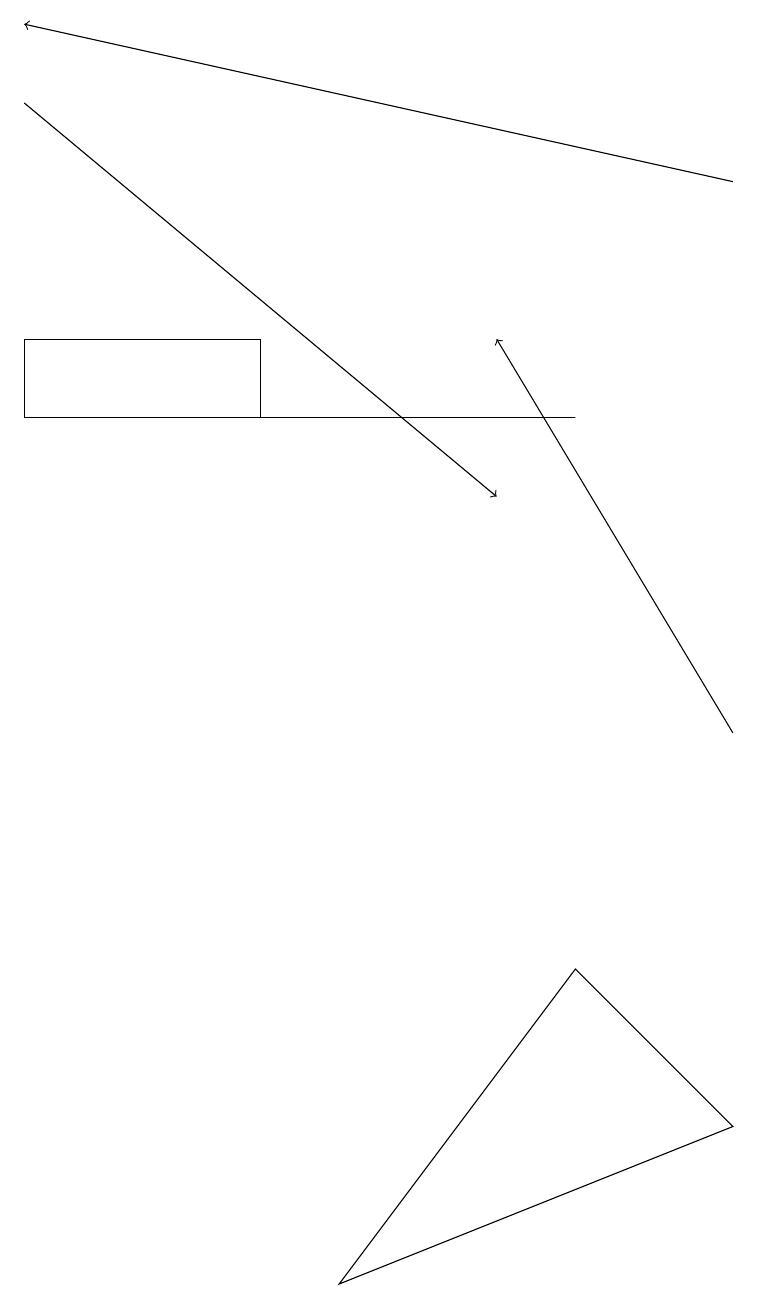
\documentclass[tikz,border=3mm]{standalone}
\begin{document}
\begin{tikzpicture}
\draw[->] (9,17) -- (0,19);
\draw[->] (9,10) -- (6,15);
\draw (4,3) -- (7,7) -- (9,5) -- cycle;
\draw (0,14) rectangle (3,15);
\draw (7,14) rectangle (2,14);
\draw[->] (0,18) -- (6,13);
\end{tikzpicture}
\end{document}